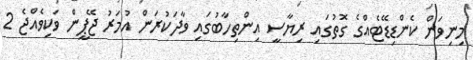
މިނިވަން ކެންޑިޑޭޓެއްގެ ގޮތުގައި ރިޔާސީ އިންތިހާބުގައި ވާދަކުރަން އުމަރު ޖޭޕީން ވަކިވެއްޖެ 2